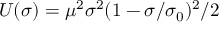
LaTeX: U ( \sigma ) = \mu ^ { 2 } \sigma ^ { 2 } ( 1 - \sigma / \sigma _ { 0 } ) ^ { 2 } / 2